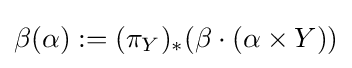
\beta (\alpha ):=(\pi _{Y})_{*}(\beta \cdot (\alpha \times Y))